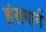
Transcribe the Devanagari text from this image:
हंसमार्ग